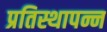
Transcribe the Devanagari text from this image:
प्रतिस्थापन्न